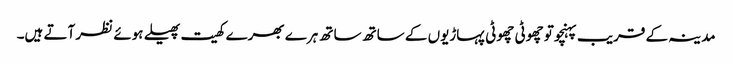
مدینہ کے قریب پہنچو تو چھوٹی چھوٹی پہاڑیوں کے ساتھ ساتھ ہرے بھرے کھیت پھیلے ہوئے نظر آتے ہیں۔